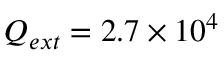
Q _ { e x t } = 2 . 7 \times 1 0 ^ { 4 }